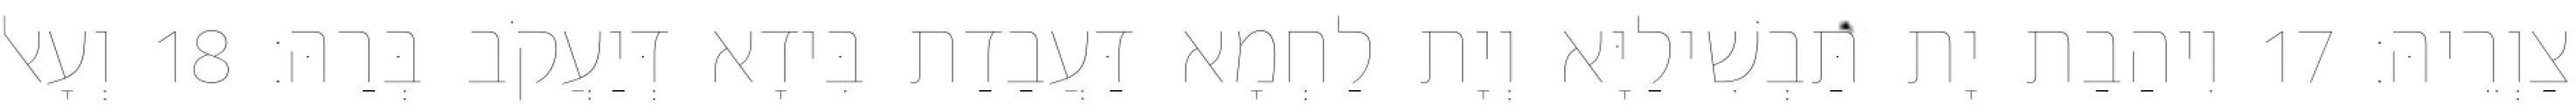
צַוְרֵיהּ׃ 17 וִיהַבַת יָת תַּבְשִׁילַיָּא וְיָת לַחְמָא דַּעֲבַדַת בִּידָא דְּיַעֲקֹב בְּרַהּ׃ 18 וְעָאל